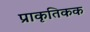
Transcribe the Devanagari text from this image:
प्राकृतिकक